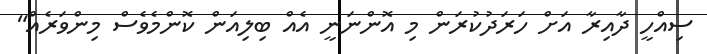
ސިއްހީ ދާއިރާ އަށް ހަރަދުކުރަން މި އޮންނަނީ އެއް ބިލިއަން ކޮންމެވެސް މިންވަރެއް"